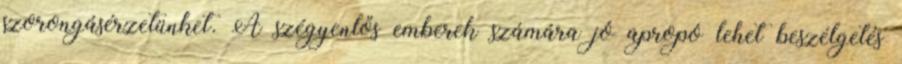
szorongásérzetünket. A szégyenlős emberek számára jó apropó lehet beszélgetés